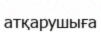
атқарушыға